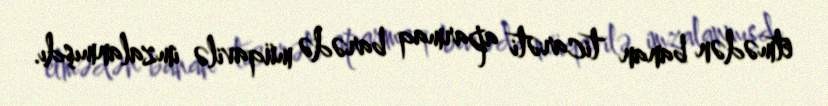
etmədən banan ticarəti aparmaq barədə müqavilə imzalanmışdı.